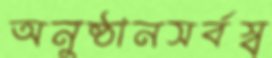
অনুষ্ঠানসর্বস্ব